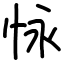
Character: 怺